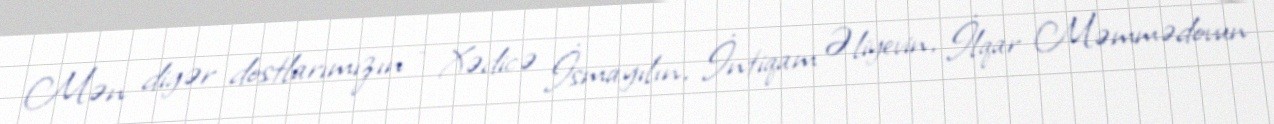
Mən digər dostlarımızın - Xədicə İsmayılın, İntiqam Əliyevin, İlqar Məmmədovun